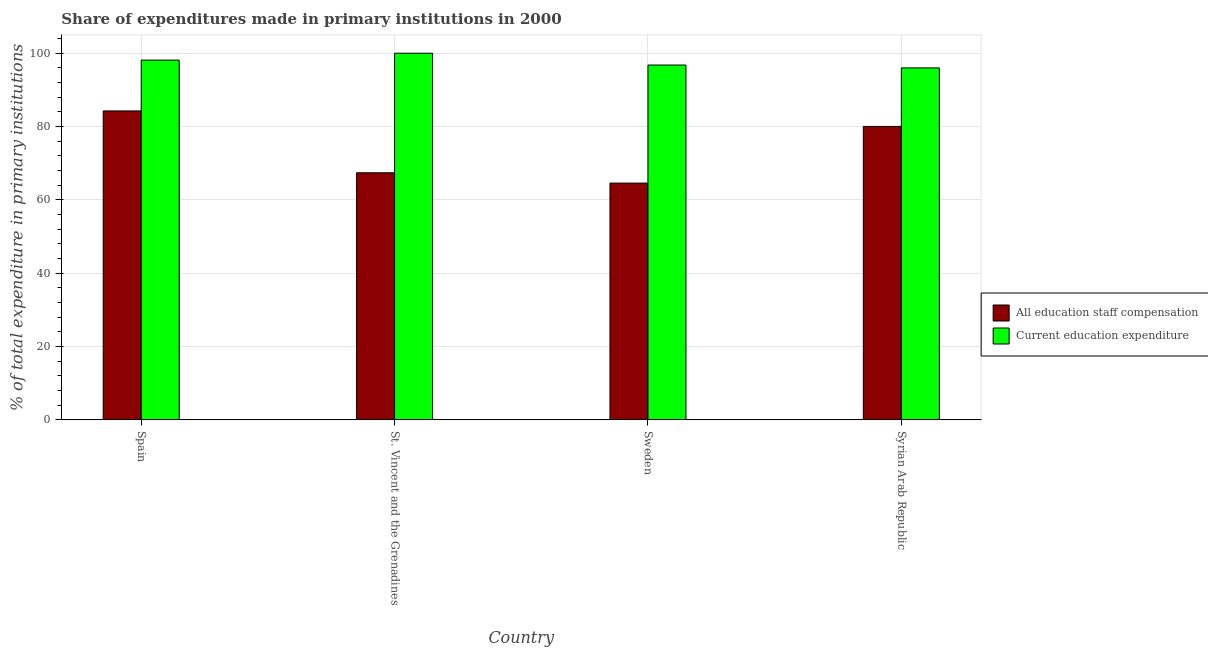
| Country | All education staff compensation | Current education expenditure |
 | --- | --- | --- |
 | Spain | 84.3 | 98.1 |
 | St. Vincent and the Grenadines | 67.4 | 100 |
 | Sweden | 64.6 | 96.8 |
 | Syrian Arab Republic | 80 | 96 |